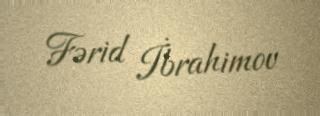
Fərid İbrahimov